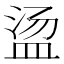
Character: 𱲒